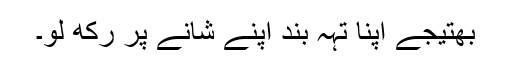
بھتیجے اپنا تہہ بند اپنے شانے پر رکھ لو۔